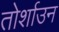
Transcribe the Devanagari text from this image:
तोर्शाउन